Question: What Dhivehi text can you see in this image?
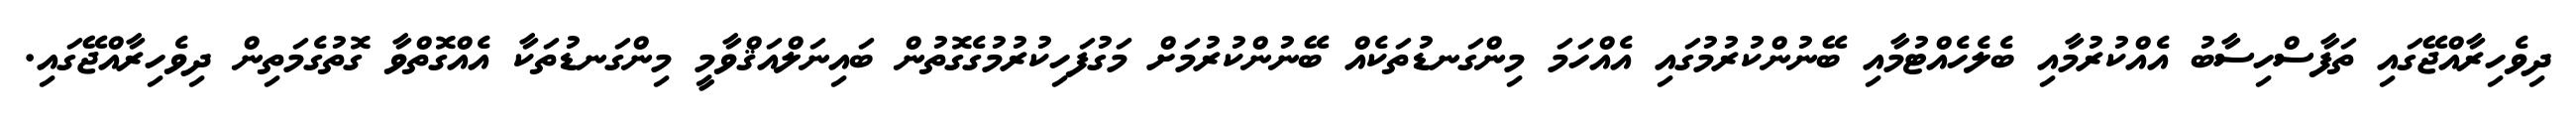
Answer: ދިވެހިރާއްޖޭގައި ތަފާސްހިސާބު އެއްކުރުމާއި ބެލެހެއްޓުމާއި ބޭނުންކުރުމުގައި އެއްހަމަ މިންގަނޑުތަކެއް ބޭނުންކުރުމަށް މަގުފަހިކުރުމުގެގޮތުން ބައިނަލްއަޤްވާމީ މިންގަނޑުތަކާ އެއްގޮތްވާ ގޮތުގެމަތިން ދިވެހިރާއްޖޭގައި.